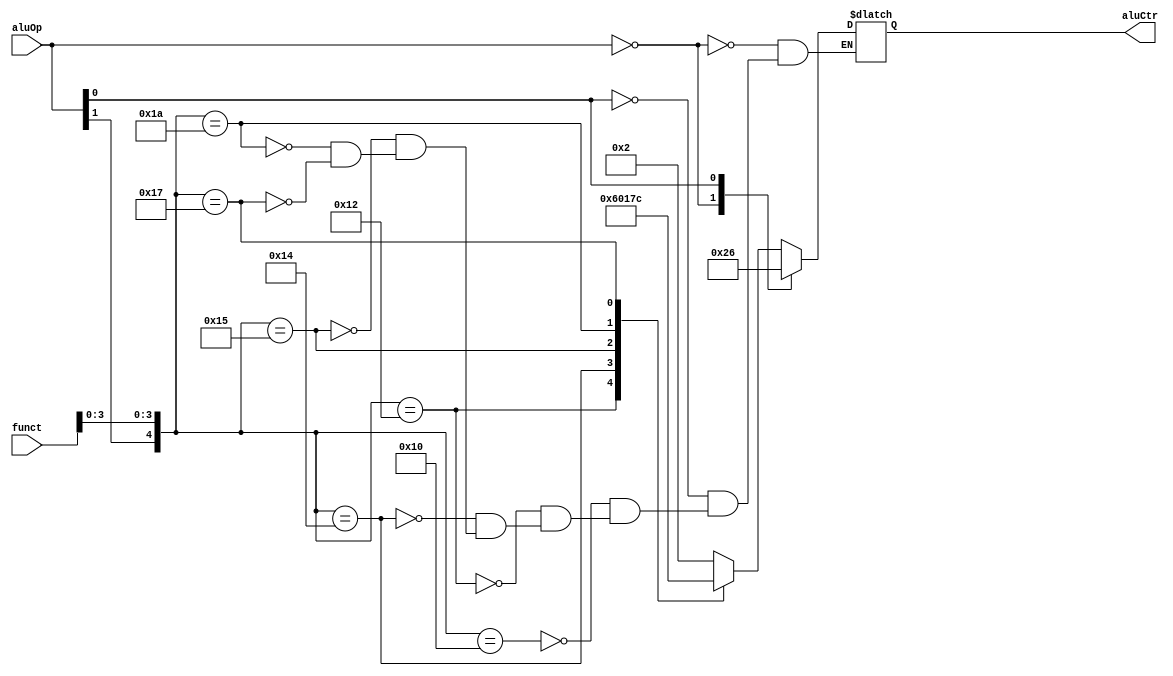
`timescale 1ns / 1ps
//////////////////////////////////////////////////////////////////////////////////
// Company: 
// Engineer: 
// 
// Design Name: 
// Module Name:    AluCtr 
// Project Name: 
// Target Devices: 
// Tool versions: 
// Description: 
//
// Dependencies: 
//
// Revision: 
// Revision 0.01 - File Created
// Additional Comments: 
//
//////////////////////////////////////////////////////////////////////////////////
module AluCtr(aluOp, funct, aluCtr);
    input [1:0] aluOp;
    input [5:0] funct;
    output [3:0] aluCtr;
	 
	 reg [3:0] aluCtr;
	 
    always @ (aluOp or funct)
	 casex ({aluOp, funct})
	     8'b00xxxxxx: aluCtr = 4'b0010;
		  8'bx1xxxxxx: aluCtr = 4'b0110;
		  8'b1xxx0000: aluCtr = 4'b0010;
		  8'b1xxx0010: aluCtr = 4'b0110;
		  8'b1xxx0100: aluCtr = 4'b0000;
		  8'b1xxx0101: aluCtr = 4'b0001;
		  8'b1xxx1010: aluCtr = 4'b0111;
		  8'b1xxx0111: aluCtr = 4'b1100;
    endcase
endmodule